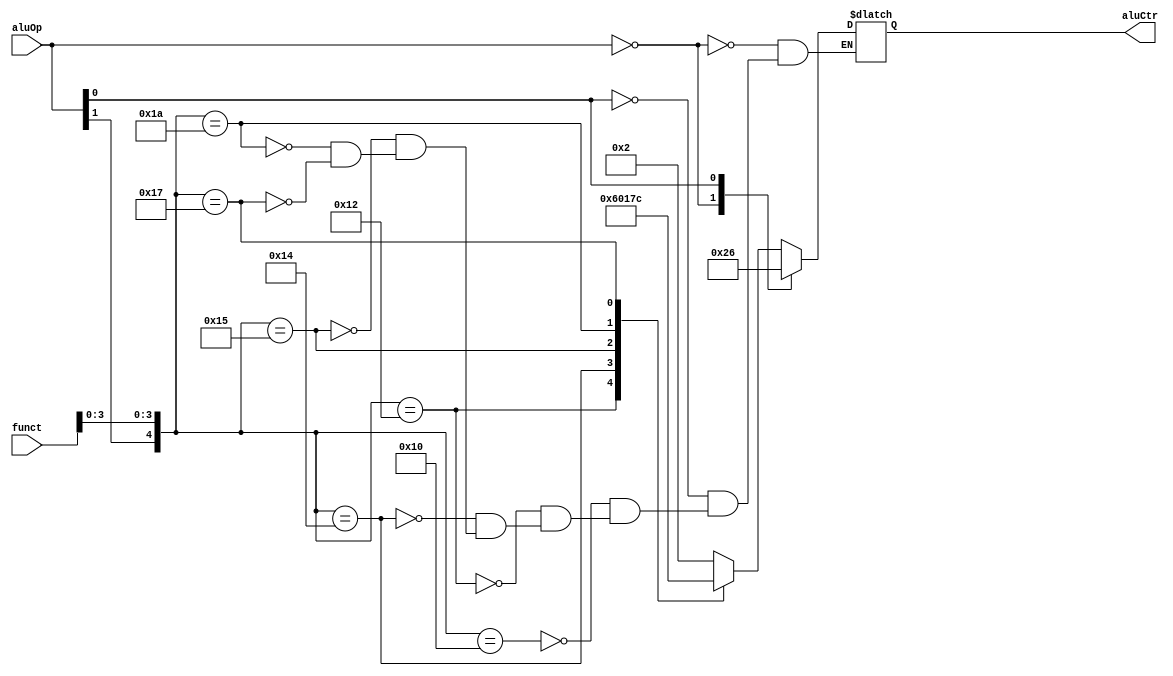
`timescale 1ns / 1ps
//////////////////////////////////////////////////////////////////////////////////
// Company: 
// Engineer: 
// 
// Design Name: 
// Module Name:    AluCtr 
// Project Name: 
// Target Devices: 
// Tool versions: 
// Description: 
//
// Dependencies: 
//
// Revision: 
// Revision 0.01 - File Created
// Additional Comments: 
//
//////////////////////////////////////////////////////////////////////////////////
module AluCtr(aluOp, funct, aluCtr);
    input [1:0] aluOp;
    input [5:0] funct;
    output [3:0] aluCtr;
	 
	 reg [3:0] aluCtr;
	 
    always @ (aluOp or funct)
	 casex ({aluOp, funct})
	     8'b00xxxxxx: aluCtr = 4'b0010;
		  8'bx1xxxxxx: aluCtr = 4'b0110;
		  8'b1xxx0000: aluCtr = 4'b0010;
		  8'b1xxx0010: aluCtr = 4'b0110;
		  8'b1xxx0100: aluCtr = 4'b0000;
		  8'b1xxx0101: aluCtr = 4'b0001;
		  8'b1xxx1010: aluCtr = 4'b0111;
		  8'b1xxx0111: aluCtr = 4'b1100;
    endcase
endmodule